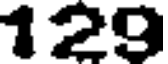
129